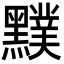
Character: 𪒢